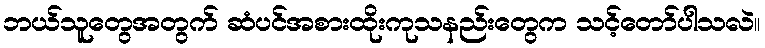
ဘယ်သူတွေအတွက် ဆံပင်အစားထိုးကုသနည်းတွေက သင့်တော်ပါသလဲ။